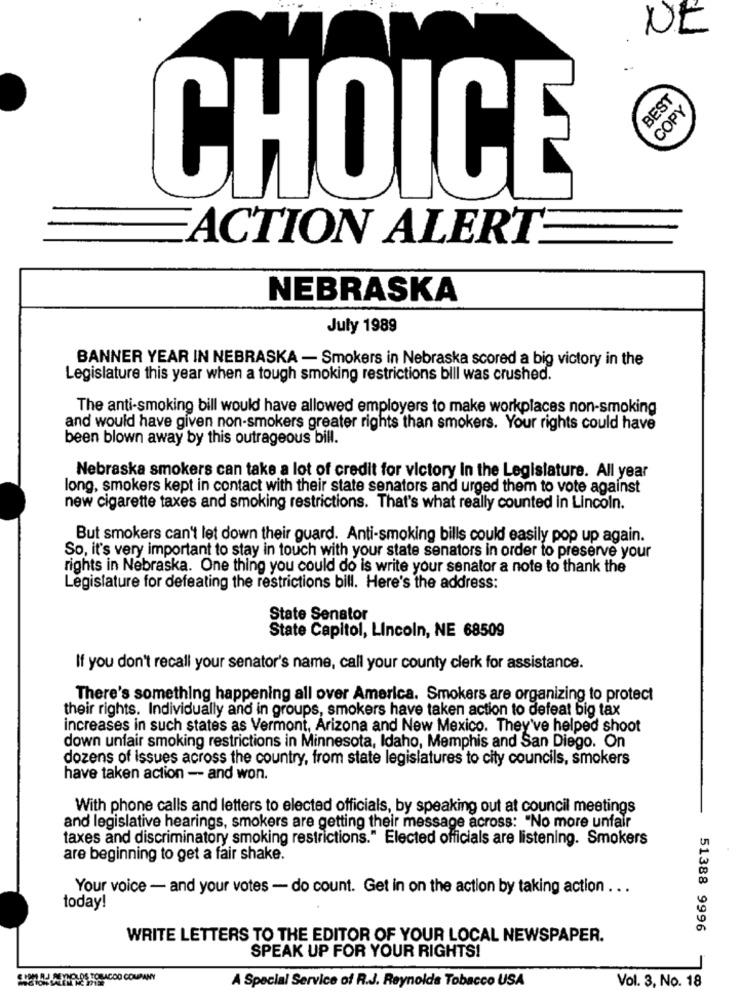
NE
BEST
COPY
CHOICE
ACTION ALERT
NEBRASKA
July 1989
BANNER YEAR IN NEBRASKA - Smokers in Nebraska scored a big victory in the
Legislature this year when a tough smoking restrictions bill was crushed.
The anti-smoking bill would have allowed employers to make workplaces non-smoking
and would have given non-smokers greater rights than smokers. Your rights could have
been blown away by this outrageous bill.
Nebraska smokers can take a lot of credit for victory In the Legislature. All year
long, smokers kept in contact with their state senators and urged them to vote against
new cigarette taxes and smoking restrictions. That's what really counted in Lincoln.
But smokers can't let down their guard. Anti-smoking bills could easily pop up again.
So, it's very important to stay in touch with your state senators in order to preserve your
rights in Nebraska. One thing you could do is write your senator a note to thank the
Legislature for defeating the restrictions bill. Here's the address:
State Senator
State Capitol, Lincoln, NE 68509
If you don't recall your senator's name, call your county clerk for assistance.
There's something happening all over America. Smokers are organizing to protect
their rights. Individually and in groups, smokers have taken action to defeat big tax
increases in such states as Vermont, Arizona and New Mexico. They've helped shoot
down unfair smoking restrictions in Minnesota, Idaho, Memphis and San Diego. On
dozens of issues across the country, from state legislatures to city councils, smokers
have taken action -- and won.
With phone calls and letters to elected officials, by speaking out at council meetings
and legislative hearings, smokers are getting their message across: "No more unfair
taxes and discriminatory smoking restrictions." Elected officials are listening. Smokers
are beginning to get a fair shake.
Your voice - and your votes - do count. Get in on the action by taking action ...
today!
51388 9996
WRITE LETTERS TO THE EDITOR OF YOUR LOCAL NEWSPAPER.
SPEAK UP FOR YOUR RIGHTS!
A Special Service of R.J. Reynolds Tobacco USA
Vol. 3, No. 18